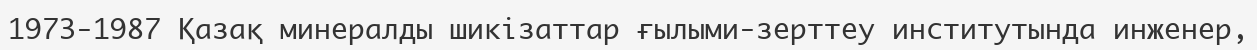
1973-1987 Қазақ минералды шикізаттар ғылыми-зерттеу институтында инженер,